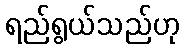
ရည်ရွယ်သည်ဟု